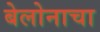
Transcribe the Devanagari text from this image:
बेलोनाचा